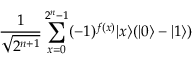
{ \frac { 1 } { \sqrt { 2 ^ { n + 1 } } } } \sum _ { x = 0 } ^ { 2 ^ { n } - 1 } ( - 1 ) ^ { f ( x ) } | x \rangle ( | 0 \rangle - | 1 \rangle )